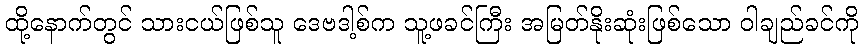
ထို့နောက်တွင် သားငယ်ဖြစ်သူ ဒေဗဒါ့စ်က သူ့ဖခင်ကြီး အမြတ်နိုးဆုံးဖြစ်သော ဝါချည်ခင်ကို